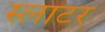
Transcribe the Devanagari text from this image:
स्‍लाटर